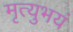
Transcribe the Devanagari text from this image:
मृत्युभयं